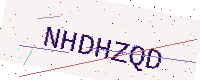
Text: NHDHZQD